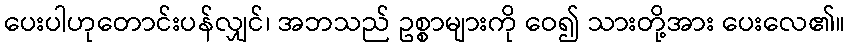
ပေးပါဟုတောင်းပန်လျှင်၊ အဘသည် ဥစ္စာများကို ဝေ၍ သားတို့အား ပေးလေ၏။